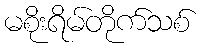
မစိုးရိမ်တိုက်သစ်